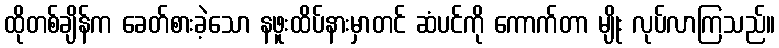
ထိုတစ်ချိန်က ခေတ်စားခဲ့သော နဖူးထိပ်နားမှာတင် ဆံပင်ကို ကောက်တာ မျိုး လုပ်လာကြသည်။